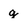
Character: g